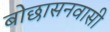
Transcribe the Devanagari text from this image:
बोछासनवासी